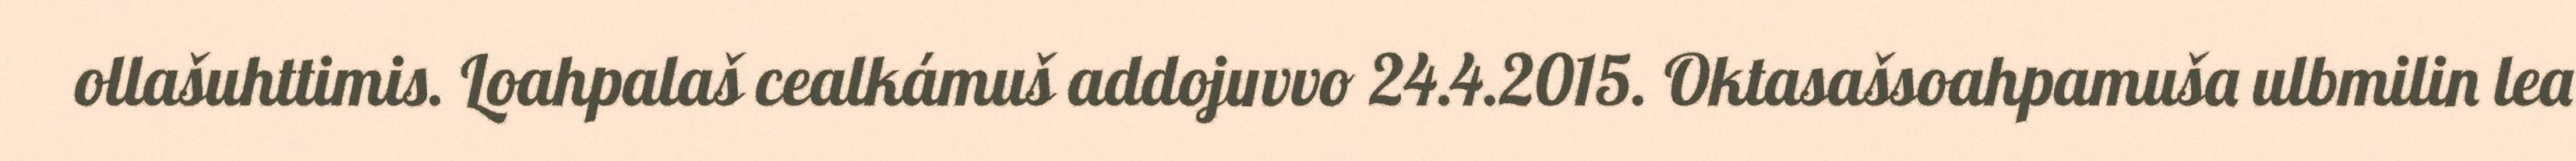
ollašuhttimis. Loahpalaš cealkámuš addojuvvo 24.4.2015. Oktasašsoahpamuša ulbmilin lea